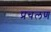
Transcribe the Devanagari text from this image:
प्रचलण